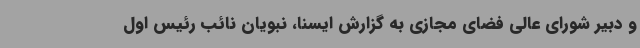
و دبیر شورای عالی فضای مجازی به گزارش ایسنا، نبویان نائب رئیس اول